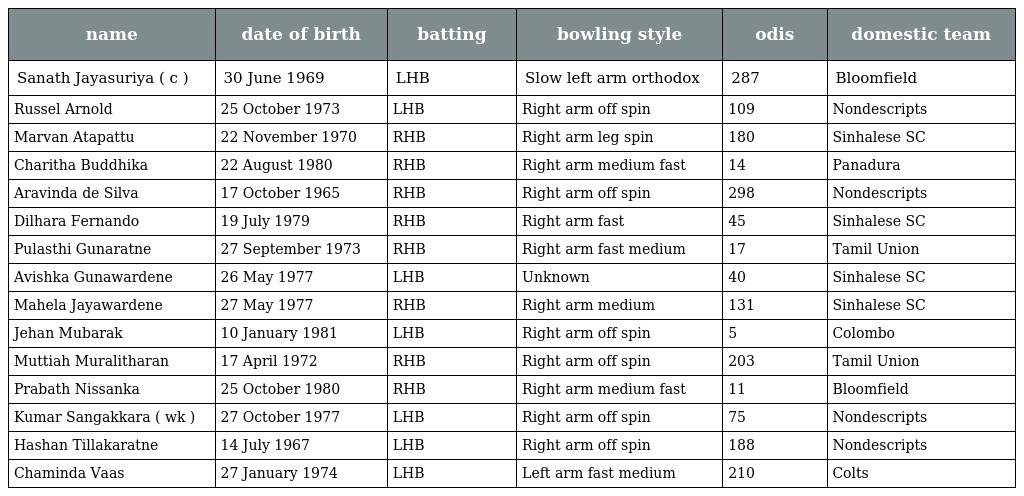
| name | date of birth | batting | bowling style | odis | domestic team |
 | --- | --- | --- | --- | --- | --- |
 | Sanath Jayasuriya ( c ) | 30 June 1969 | LHB | Slow left arm orthodox | 287 | Bloomfield |
 | Russel Arnold | 25 October 1973 | LHB | Right arm off spin | 109 | Nondescripts |
 | Marvan Atapattu | 22 November 1970 | RHB | Right arm leg spin | 180 | Sinhalese SC |
 | Charitha Buddhika | 22 August 1980 | RHB | Right arm medium fast | 14 | Panadura |
 | Aravinda de Silva | 17 October 1965 | RHB | Right arm off spin | 298 | Nondescripts |
 | Dilhara Fernando | 19 July 1979 | RHB | Right arm fast | 45 | Sinhalese SC |
 | Pulasthi Gunaratne | 27 September 1973 | RHB | Right arm fast medium | 17 | Tamil Union |
 | Avishka Gunawardene | 26 May 1977 | LHB | Unknown | 40 | Sinhalese SC |
 | Mahela Jayawardene | 27 May 1977 | RHB | Right arm medium | 131 | Sinhalese SC |
 | Jehan Mubarak | 10 January 1981 | LHB | Right arm off spin | 5 | Colombo |
 | Muttiah Muralitharan | 17 April 1972 | RHB | Right arm off spin | 203 | Tamil Union |
 | Prabath Nissanka | 25 October 1980 | RHB | Right arm medium fast | 11 | Bloomfield |
 | Kumar Sangakkara ( wk ) | 27 October 1977 | LHB | Right arm off spin | 75 | Nondescripts |
 | Hashan Tillakaratne | 14 July 1967 | LHB | Right arm off spin | 188 | Nondescripts |
 | Chaminda Vaas | 27 January 1974 | LHB | Left arm fast medium | 210 | Colts |